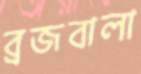
ব্রজবালা